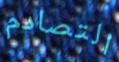
التصادم